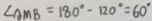
\angle A M B = 1 8 0 ^ { \circ } - 1 2 0 ^ { \circ } = 6 0 ^ { \circ }